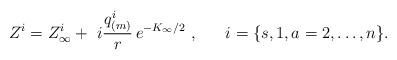
LaTeX: \begin{align*} Z^i = Z^i_\infty + ~ i {q^i_{(m)}\over r}\,e^{-K_\infty/2}\ ,~~~~~ i = \{ s, 1, a=2, \dots , n \} .\end{align*}